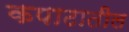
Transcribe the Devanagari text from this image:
कपाटातील